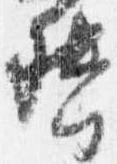
督